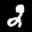
Label: 2